Report of the Municipal Commissioner on the plague in Bombay for the year ending 31st May... - Volume 3
Disease focus: Plague
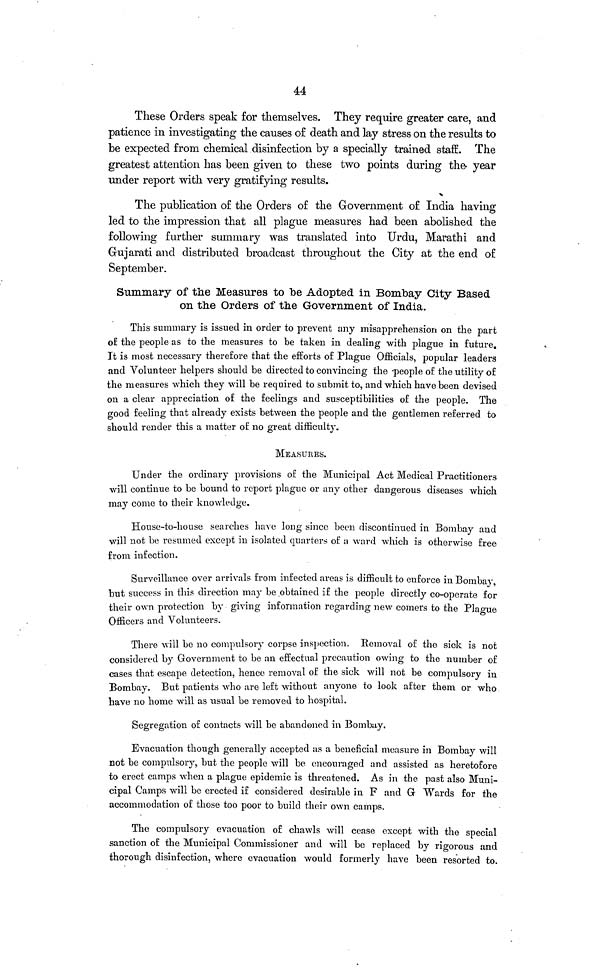
44
These Orders speak for themselves. They require greater care, and
patience in investigating the causes of death and lay stress on the results to
be expected from chemical disinfection by a specially trained staff. The
greatest attention has been given to these two points during the year
under report with very gratifying results.
The publication of the Orders of the Government of India having
led to the impression that all plague measures had been abolished the
following further summary was translated into Urdu, Marathi and
Gujarati and distributed broadcast throughout the City at the end of
September.
Summary of the Measures to be Adopted in Bombay City Based
on the Orders of the Government of India.
This summary is issued in order to prevent any misapprehension on the part
of the people as to the measures to be taken in dealing with plague in future.
It is most necessary therefore that the efforts of Plague Officials, popular leaders
and Volunteer helpers should be directed to convincing the people of the utility of
the measures which they will be required to submit to, and which have been devised
on a clear appreciation of the feelings and susceptibilities of the people. The
good feeling that already exists between the people and the gentlemen referred to
should render this a matter of: no great difficulty.
MEASURES.
Under the ordinary provisions of the Municipal Act Medical Practitioners
will continue to be bound to report plague or any other dangerous diseases which
may come to their knowledge.
House-to-house searches have long since been discontinued in Bombay and
will not be resumed except in isolated quarters of a ward which is otherwise free
from infection.
Surveillance over arrivals from infected areas is difficult to enforce in Bombay,
but success in this direction may be obtained if the people directly co-operate for
their own protection by giving information regarding new comers to the Plague
Officers and Volunteers.
There will be no compulsory corpse inspection. Removal of the sick is not
considered by Government to be an effectual precaution owing to the number of
cases that escape detection, hence removal of the sick will not be compulsory in
Bombay. But patients who are left without anyone to look after them or who
have no home will as usual be removed to hospital.
Segregation of contacts will be abandoned in Bombay.
Evacuation though generally accepted as a beneficial measure in Bombay will
not be compulsory, but the people will be encouraged and assisted as heretofore
to erect camps when a plague epidemic is threatened. As in the past also Muni-
cipal Camps will be erected if considered desirable in F and G Wards for the
accommodation of those too poor to build their own camps.
The compulsory evacuation of chawls will cease except with the special
sanction of the Municipal Commissioner and will be replaced by rigorous and
thorough disinfection, where evacuation would formerly have been resorted to.